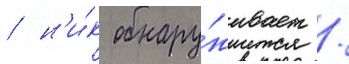
/ н'и́к обнару́живает /